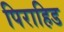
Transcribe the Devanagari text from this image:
पिराहिड